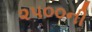
૨૫૦૦ની